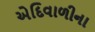
એદિવાળીના